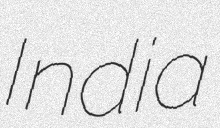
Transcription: India